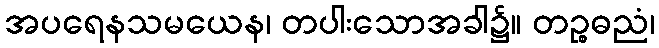
အပရေနသမယေန၊ တပါးသောအခါ၌။ တဉ္စဓညံ၊